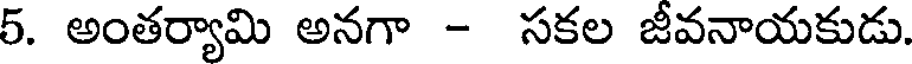
5. అంతర్యామి అనగా - సకల జీవనాయకుడు.